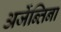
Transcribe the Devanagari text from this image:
अर्जेन्तिना